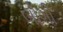
બોગી